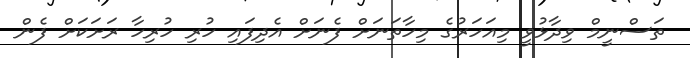
ތަސްނީމް ވިދާޅުވީ މިއަހަރުގެ މިހާތަނަށް ފެނަށް އެދިފައި ހުރި ހުރިހާ ރަށަކަށް ފެން